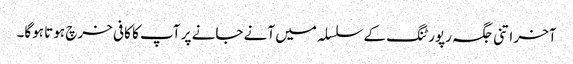
آخر اتنی جگہ رپورٹنگ کے سلسلہ میں آنے جانے پر آپ کا کافی خرچ ہوتا ہوگا۔